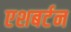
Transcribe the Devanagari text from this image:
एशबर्टन